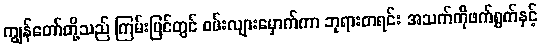
ကျွန်တော်တို့သည် ကြမ်းပြင်တွင် ဝမ်းလျားမှောက်ကာ ဘုရားတရင်း အသက်ကိုဖက်ရွက်နှင့်